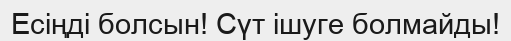
Есіңді болсын! Сүт ішуге болмайды!